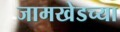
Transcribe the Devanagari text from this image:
जामखेडच्या